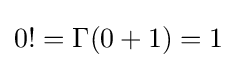
0!=\Gamma (0+1)=1